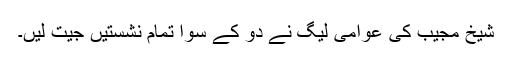
شیخ مجیب کی عوامی لیگ نے دو کے سوا تمام نشستیں جیت لیں۔